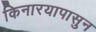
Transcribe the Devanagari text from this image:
किनारयापासुन